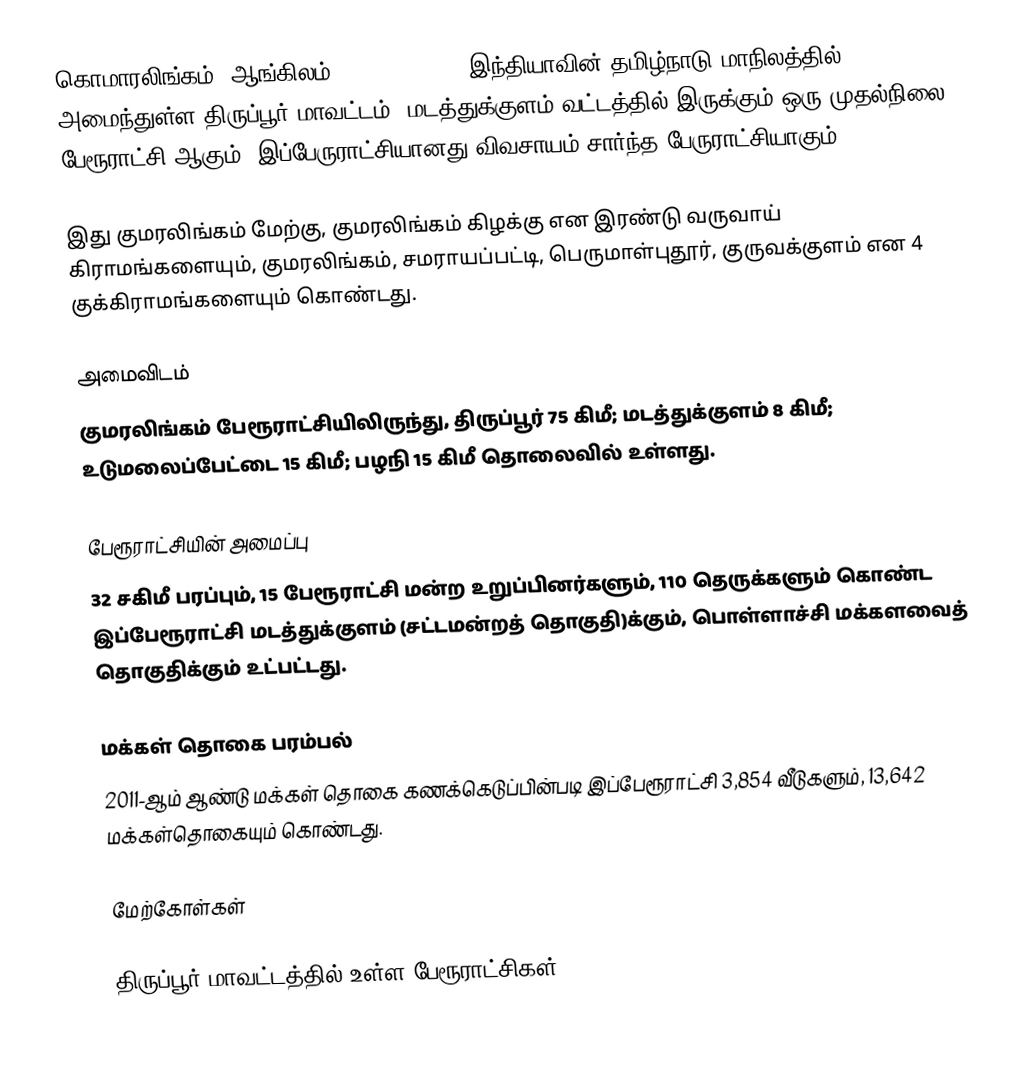
கொமாரலிங்கம் (ஆங்கிலம்:Komaralingam), இந்தியாவின் தமிழ்நாடு மாநிலத்தில் அமைந்துள்ள திருப்பூர் மாவட்டம், மடத்துக்குளம் வட்டத்தில் இருக்கும் ஒரு முதல்நிலை பேரூராட்சி ஆகும். இப்பேருராட்சியானது விவசாயம் சார்ந்த பேருராட்சியாகும்.

இது குமரலிங்கம் மேற்கு, குமரலிங்கம் கிழக்கு என இரண்டு வருவாய் கிராமங்களையும், குமரலிங்கம், சமராயப்பட்டி, பெருமாள்புதூர், குருவக்குளம் என 4 குக்கிராமங்களையும் கொண்டது.

அமைவிடம்
குமரலிங்கம் பேரூராட்சியிலிருந்து, திருப்பூர் 75 கிமீ; மடத்துக்குளம் 8 கிமீ; உடுமலைப்பேட்டை 15 கிமீ; பழநி 15 கிமீ தொலைவில் உள்ளது.

பேரூராட்சியின் அமைப்பு
32 சகிமீ பரப்பும், 15  பேரூராட்சி மன்ற உறுப்பினர்களும், 110 தெருக்களும் கொண்ட இப்பேரூராட்சி மடத்துக்குளம்  (சட்டமன்றத் தொகுதி)க்கும், பொள்ளாச்சி மக்களவைத் தொகுதிக்கும் உட்பட்டது.

மக்கள் தொகை பரம்பல்
2011-ஆம் ஆண்டு மக்கள் தொகை கணக்கெடுப்பின்படி இப்பேரூராட்சி 3,854   வீடுகளும், 13,642 மக்கள்தொகையும் கொண்டது.

மேற்கோள்கள்

திருப்பூர் மாவட்டத்தில் உள்ள பேரூராட்சிகள்